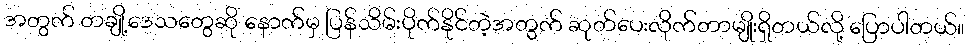
အတွက် တချို့ဒေသတွေဆို နောက်မှ ပြန်သိမ်းပိုက်နိုင်တဲ့အတွက် ဆုတ်ပေးလိုက်တာမျိုးရှိတယ်လို့ ပြောပါတယ်။